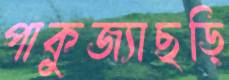
পাকুজ্যাছড়ি